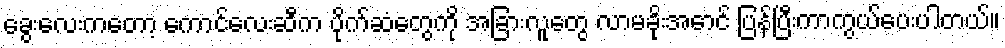
ခွေးလေးကတော့ ကောင်လေးဆီက ပိုက်ဆံတွေကို အခြားလူတွေ လာမခိုးအောင် ပြန်ပြီးကာကွယ်ပေးပါတယ်။